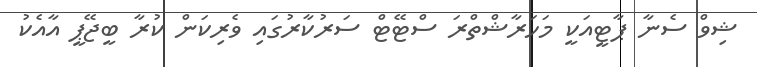
ޝިވް ސެނާ ޕާޓީއަކީ މަހަރާޝްތްރަ ސްޓޭޓް ސަރުކާރުގައި ވެރިކަން ކުރާ ބީޖޭޕީ އާއެކު